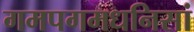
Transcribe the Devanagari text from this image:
गमपगमधनिसां